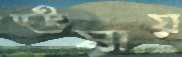
ঊষায়